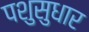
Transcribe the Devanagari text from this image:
पशुसुधार